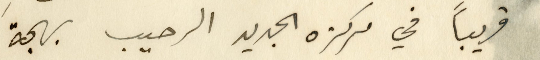
قريباً في مركزه الجديد الرحيب بهجةَ